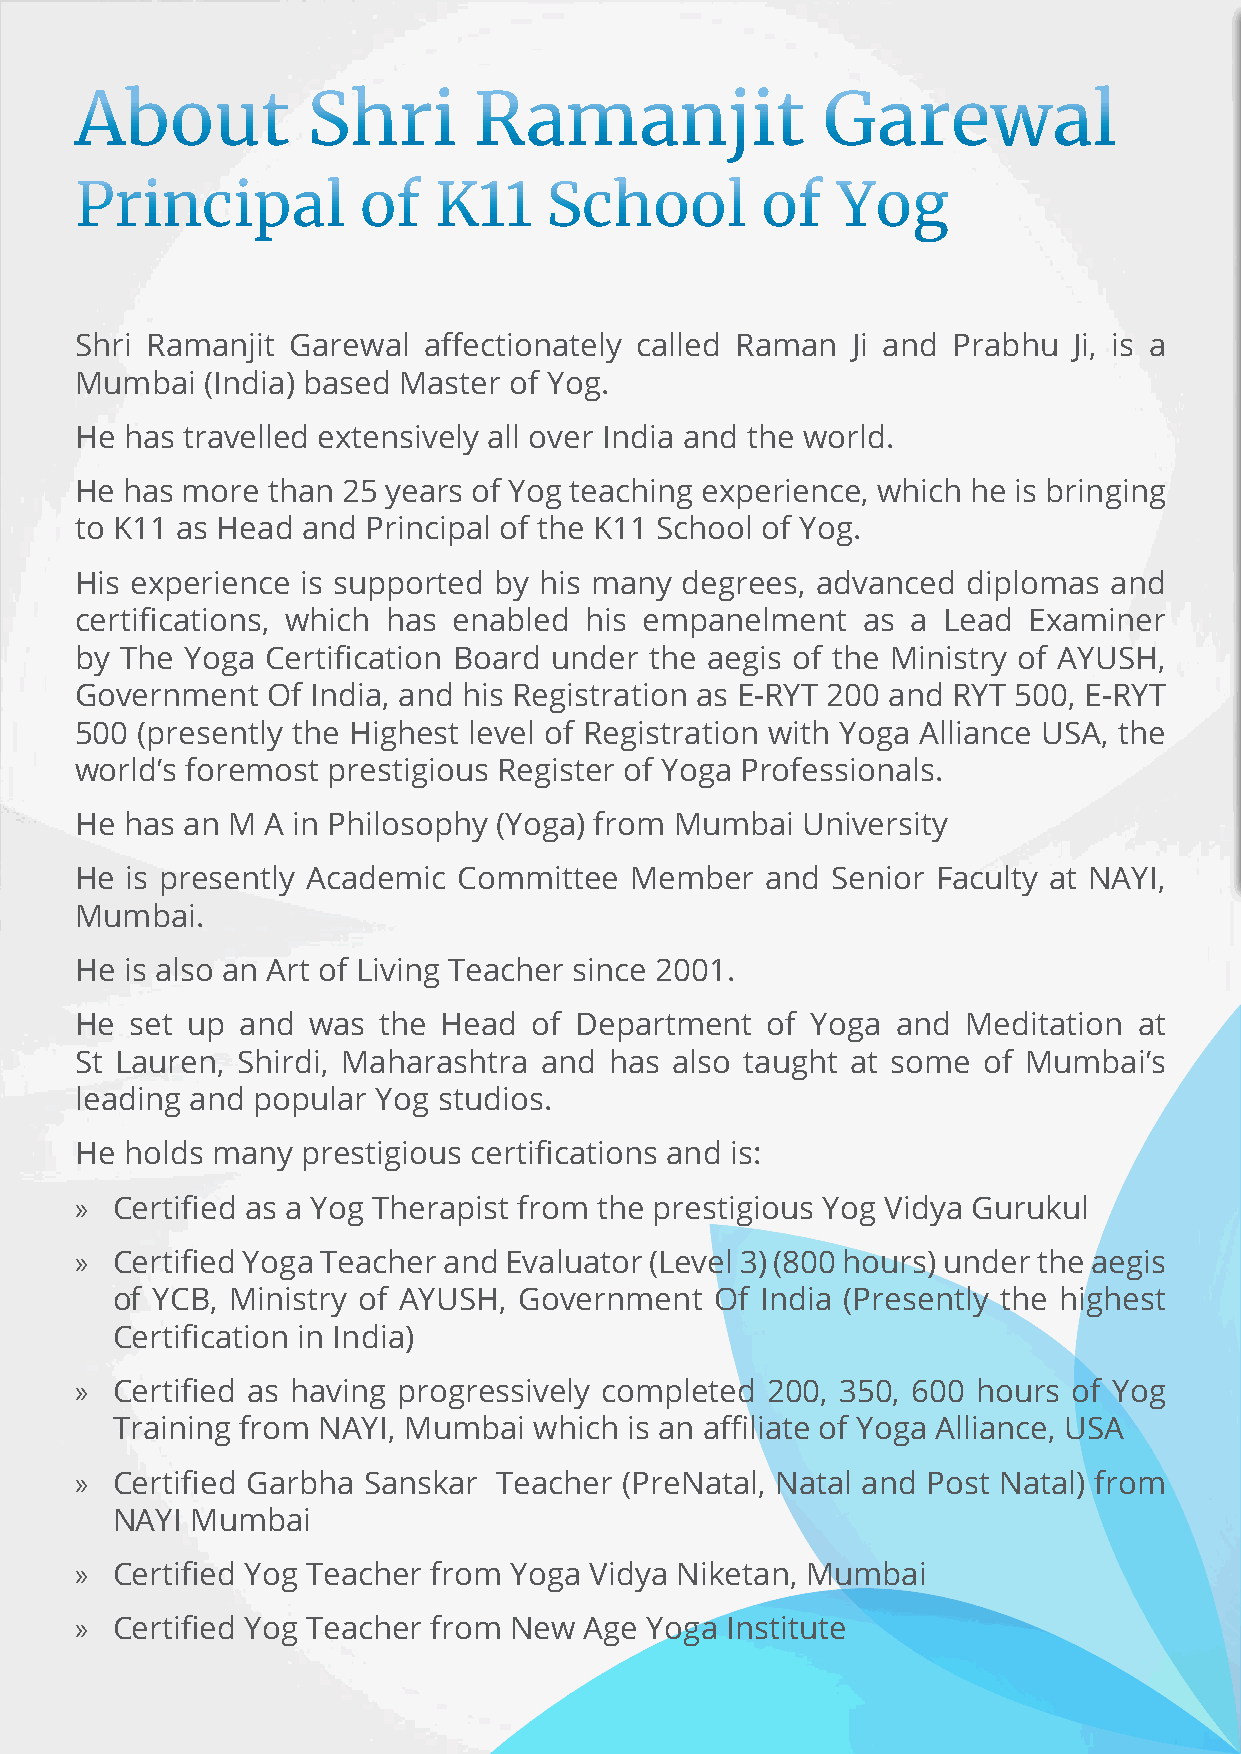
About          Shri       Ramanjit               Garewal
 Principal          of   K11    School        of   Yog
 Shri Ramanjit Garewal  affectionately called Raman Ji and Prabhu  Ji, is a
 Mumbai   (India) based Master of Yog.
 He has travelled extensively all over India and the world.
 He has more  than 25 years of Yog teaching experience, which he is bringing
 to K11 as Head and Principal of the K11 School of Yog.
 His experience is supported by his many degrees, advanced  diplomas and
 certifications, which has enabled his empanelment   as a Lead  Examiner
 by The Yoga  Certification Board under the aegis of the Ministry of AYUSH,
 Government   Of India, and his Registration as E-RYT 200 and RYT 500, E-RYT
 500 (presently the Highest level of Registration with Yoga Alliance USA, the
 world’s foremost prestigious Register of Yoga Professionals.
 He has an M  A in Philosophy (Yoga) from Mumbai University
 He is presently Academic Committee   Member   and Senior Faculty at NAYI,
 Mumbai.
 He is also an Art of Living Teacher since 2001.
 He  set up and was  the Head  of Department   of Yoga and  Meditation at
 St Lauren, Shirdi, Maharashtra and has also taught at some  of Mumbai’s
 leading and popular Yog studios.
 He holds many  prestigious certifications and is:
 » Certified as a Yog Therapist from the prestigious Yog Vidya Gurukul
 » Certified Yoga Teacher and Evaluator (Level 3) (800 hours) under the aegis
 of YCB, Ministry of AYUSH, Government   Of India (Presently the highest
 Certification in India)
 » Certified as having progressively completed 200, 350, 600 hours of Yog
 Training from NAYI, Mumbai  which is an affiliate of Yoga Alliance, USA
 » Certified Garbha Sanskar  Teacher (PreNatal, Natal and Post Natal) from
 NAYI  Mumbai
 » Certified Yog Teacher from Yoga Vidya Niketan, Mumbai
 » Certified Yog Teacher from New  Age Yoga Institute